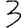
Digit: 3